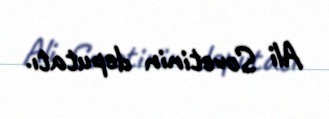
Ali Sovetinin deputatı.